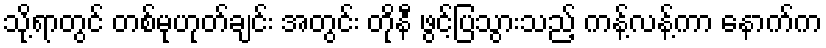
သို့ရာတွင် တစ်မုဟုတ်ချင်း အတွင်း တိုနီ ဖွင့်ပြသွားသည့် ကန့်လန့်ကာ နောက်က